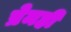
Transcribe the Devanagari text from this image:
प्रेमही